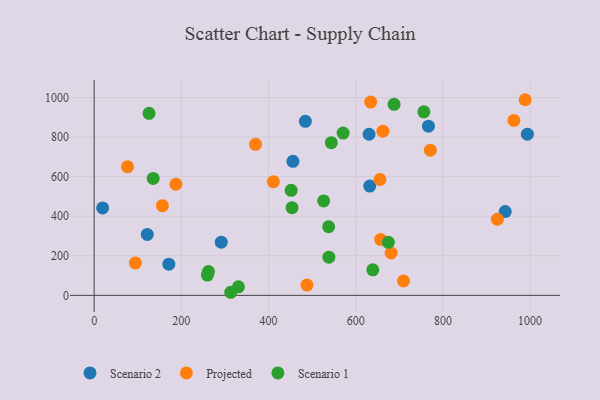
{"axis": {"x": "Engine Size", "y": "Rating"}, "legend": ["Projected", "Scenario 1", "Scenario 2"], "data": [{"x": "291.5", "y": 269.0, "type": "Scenario 2"}, {"x": "943.0", "y": 423.3, "type": "Scenario 2"}, {"x": "121.8", "y": 307.7, "type": "Scenario 2"}, {"x": "484.5", "y": 879.3, "type": "Scenario 2"}, {"x": "171.3", "y": 157.4, "type": "Scenario 2"}, {"x": "632.2", "y": 552.3, "type": "Scenario 2"}, {"x": "630.6", "y": 814.1, "type": "Scenario 2"}, {"x": "993.8", "y": 814.7, "type": "Scenario 2"}, {"x": "766.9", "y": 855.0, "type": "Scenario 2"}, {"x": "456.0", "y": 677.3, "type": "Scenario 2"}, {"x": "19.4", "y": 441.9, "type": "Scenario 2"}, {"x": "370.2", "y": 763.0, "type": "Projected"}, {"x": "924.9", "y": 384.5, "type": "Projected"}, {"x": "156.6", "y": 453.4, "type": "Projected"}, {"x": "634.4", "y": 976.9, "type": "Projected"}, {"x": "657.3", "y": 282.9, "type": "Projected"}, {"x": "681.2", "y": 214.0, "type": "Projected"}, {"x": "962.9", "y": 884.1, "type": "Projected"}, {"x": "94.5", "y": 163.6, "type": "Projected"}, {"x": "488.1", "y": 51.8, "type": "Projected"}, {"x": "988.7", "y": 988.6, "type": "Projected"}, {"x": "76.4", "y": 650.3, "type": "Projected"}, {"x": "771.2", "y": 733.8, "type": "Projected"}, {"x": "662.4", "y": 829.7, "type": "Projected"}, {"x": "709.6", "y": 72.6, "type": "Projected"}, {"x": "411.2", "y": 574.5, "type": "Projected"}, {"x": "655.6", "y": 585.6, "type": "Projected"}, {"x": "187.5", "y": 561.5, "type": "Projected"}, {"x": "451.9", "y": 530.9, "type": "Scenario 1"}, {"x": "313.3", "y": 15.6, "type": "Scenario 1"}, {"x": "756.3", "y": 927.7, "type": "Scenario 1"}, {"x": "259.8", "y": 102.4, "type": "Scenario 1"}, {"x": "538.4", "y": 193.1, "type": "Scenario 1"}, {"x": "688.0", "y": 965.4, "type": "Scenario 1"}, {"x": "537.9", "y": 346.8, "type": "Scenario 1"}, {"x": "125.9", "y": 919.7, "type": "Scenario 1"}, {"x": "526.4", "y": 477.2, "type": "Scenario 1"}, {"x": "262.2", "y": 120.2, "type": "Scenario 1"}, {"x": "453.9", "y": 443.0, "type": "Scenario 1"}, {"x": "639.2", "y": 128.8, "type": "Scenario 1"}, {"x": "544.0", "y": 771.8, "type": "Scenario 1"}, {"x": "674.9", "y": 268.0, "type": "Scenario 1"}, {"x": "571.1", "y": 819.9, "type": "Scenario 1"}, {"x": "135.4", "y": 591.0, "type": "Scenario 1"}, {"x": "330.9", "y": 43.2, "type": "Scenario 1"}]}